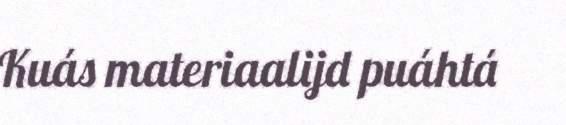
Kuás materiaalijd puáhtá